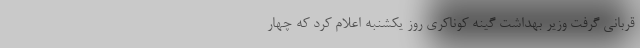
قربانی گرفت وزیر بهداشت گینه کوناکری روز یکشنبه اعلام کرد که چهار